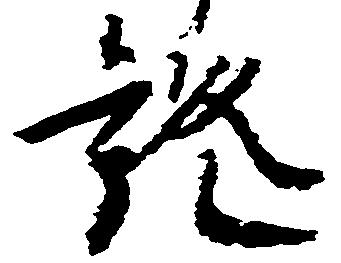
証